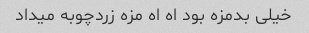
خیلی بدمزه بود اه اه مزه زردچوبه میداد